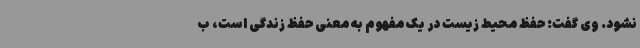
نشود. وی گفت: حفظ محیط ‌زیست در یک مفهوم به معنی حفظ زندگی است، ب